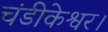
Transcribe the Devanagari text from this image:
चंडीकेश्वर।